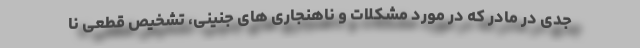
جدی در مادر که در مورد مشکلات و ناهنجاری های جنینی، تشخیص قطعی نا